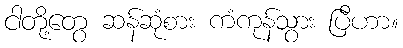
ငါတို့တွေ ဆန်ဆုံစား ကံကုန်သွား ပြီဟာ။